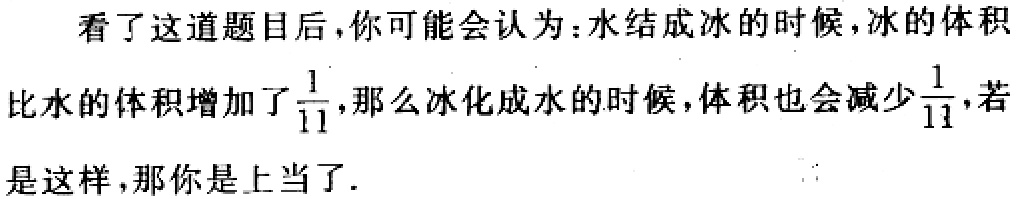
看了这道题目后,你可能会认为：水结成冰的时候，冰的体积比水的体积增加了$\frac{1}{11}$，那么冰化成水的时候，体积也会减少$\frac{1}{11}$，若是这样，那你是上当了.